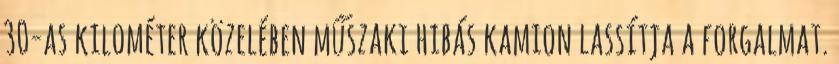
30-as kilométer közelében műszaki hibás kamion lassítja a forgalmat.